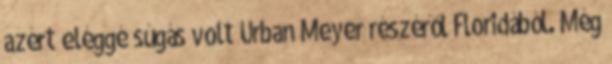
azért eléggé súgás volt Urban Meyer részéről Floridából. Még